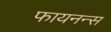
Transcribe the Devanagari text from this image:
फायनन्स